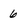
Character: 6